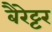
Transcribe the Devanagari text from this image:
बैरेट्टर